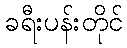
ခရီးပန်းတိုင်